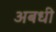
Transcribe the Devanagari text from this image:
अबधी